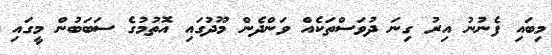
މިބައި ފެނުނު އިރު ގިނަ ދުވަސްތަކެއް ވަންދެން މޫދުގައި އޮތުމުގެ ސަބަބުން މީގައި